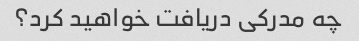
چه مدرکی دریافت خواهید کرد؟